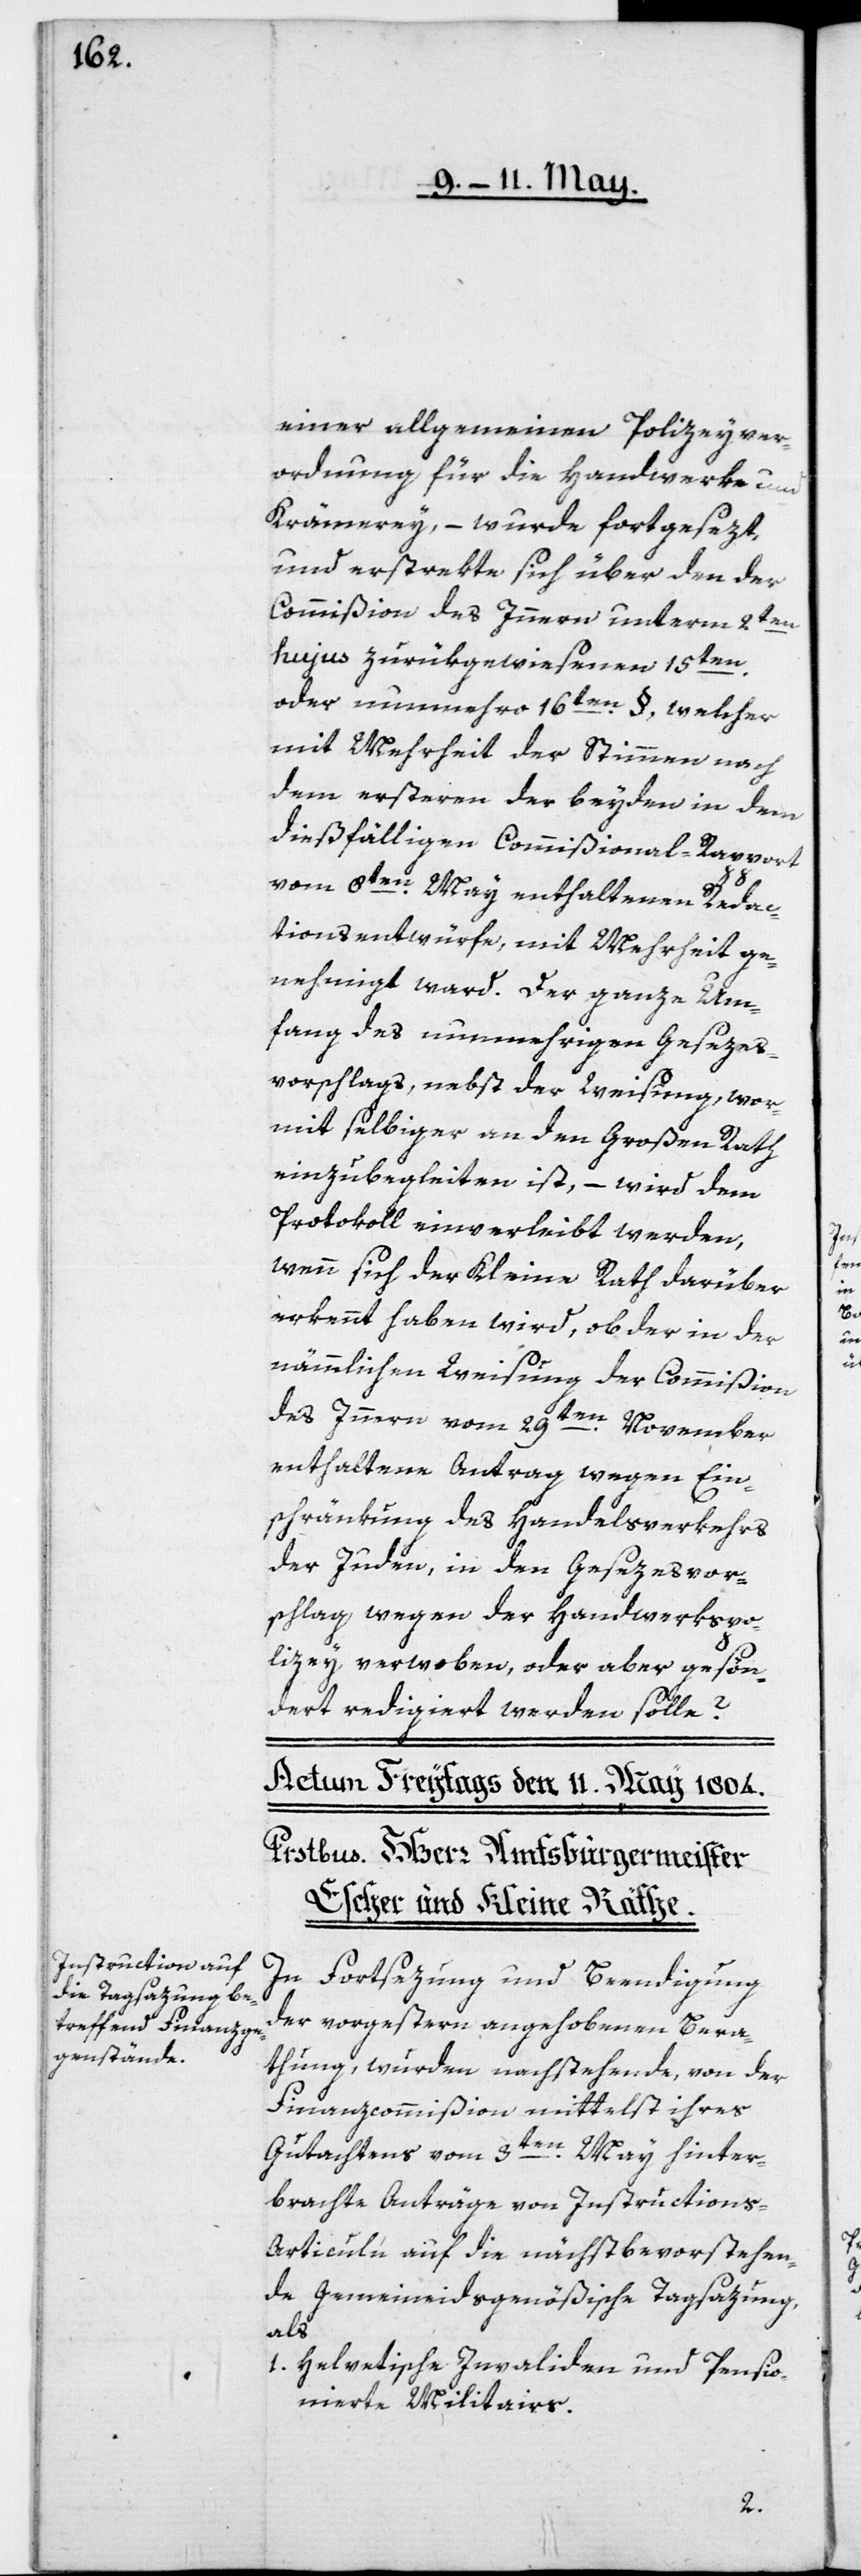
einer allgemeinen Polizeyver¬
ordnung für die Handwerke und
Krämerey, – wurde fortgesezt,
und erstrekte sich über den der
Commißion des Innern unterm 2ten
hujus zurükgewiesenen 15ten,
oder nunmehro 16ten §, welcher
mit Mehrheit der Stimmen nach
dem ersteren der beyden in dem
dießfälligen Commißional-Rapport
vom 8ten May enthaltenen Redac¬
tionsentwürfe, mit Mehrheit ge¬
nehmigt ward. Der ganze Um¬
fang des nunmehrigen Gesezes¬
vorschlags, nebst der Weisung, wor¬
mit selbiger an den Großen Rath
einzubegleiten ist, – wird dem
Protokoll einverleibt werden,
wenn sich der Kleine Rath darüber
erkennt haben wird, ob der in der
nämmlichen Weisung der Commißion
des Innern vom 29ten November
enthaltene Antrag wegen Ein¬
schränkung des Handelsverkehrs
der Juden, in den Gesezesvor¬
schlag wegen der Handwerkspo¬
lizey verwoben, oder aber gesön¬
dert redigiert werden solle?
In Fortsezung und Beendigung
der vorgestern angehobenen Bera¬
thung wurden nachstehende, von der
Finanzcommißion mittelst ihres
Gutachtens vom 3ten May hinter¬
brachte Anträge von Instructions-A¬
rticuln auf die nächst bevorstehen¬
de Gemeineidsgenößische Tagsazung,
als:
1. Helvetische Invaliden und Pensio¬
nierte Militairs.